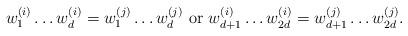
LaTeX: \begin{align*}w^{(i)}_1 \ldots w^{(i)}_d = w^{(j)}_1 \ldots w^{(j)}_d \textrm{ or } w^{(i)}_{d+1} \ldots w^{(i)}_{2d} = w^{(j)}_{d+1} \ldots w^{(j)}_{2d}.\end{align*}